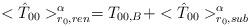
LaTeX: \begin{align*}<{\hat T}_{00}>^{\alpha}_{r_0,ren}=T_{00,B}+<{\hat T}_{00}>^{\alpha}_{r_0,sub}\end{align*}